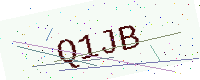
Text: Q1JB